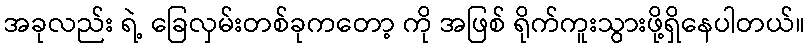
အခုလည်း ရဲ့ ခြေလှမ်းတစ်ခုကတော့ ကို အဖြစ် ရိုက်ကူးသွားဖို့ရှိနေပါတယ်။